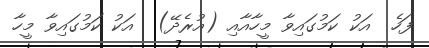
ފަހެ  އަކު ކަމުގައިވާ މީހާއާއި (އުރެދޭ)  އަކު ކަމުގައިވާ މީހާ